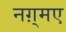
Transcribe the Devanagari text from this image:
नग़्मए